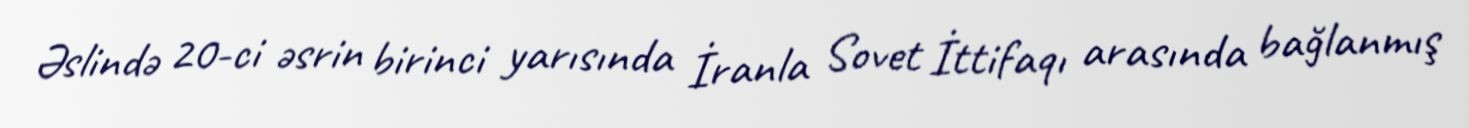
Əslində 20-ci əsrin birinci yarısında İranla Sovet İttifaqı arasında bağlanmış